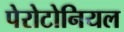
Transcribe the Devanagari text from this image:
पेरोटोनियल